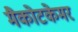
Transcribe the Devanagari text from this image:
मैकोटकेमर